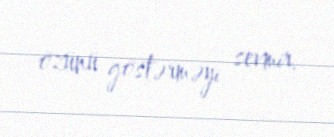
özünü göstərməyi sevmir.